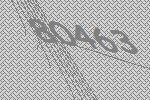
80463